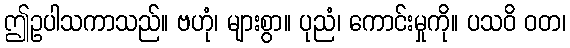
ဤဥပါသကာသည်။ ဗဟုံ၊ များစွာ။ ပုညံ၊ ကောင်းမှုကို။ ပသဝိ ဝတ၊